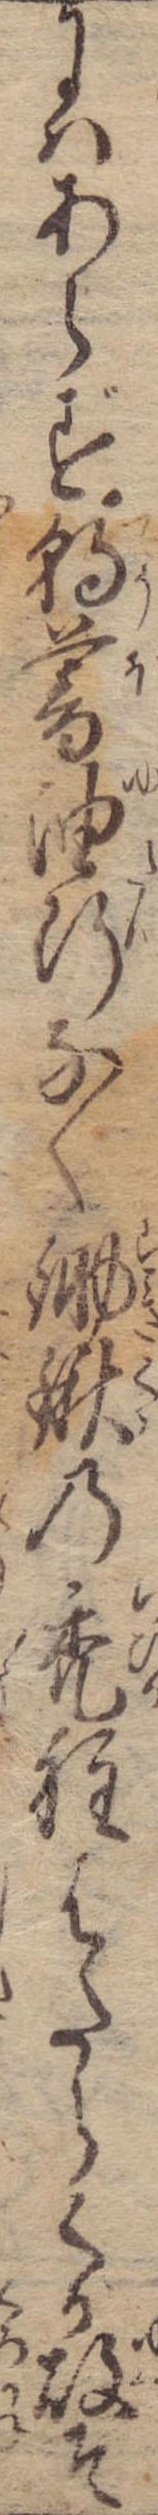
にはあらず朝暮油断なく鋤鍬の禿程はたらくか故そ